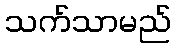
သက်သာမည်